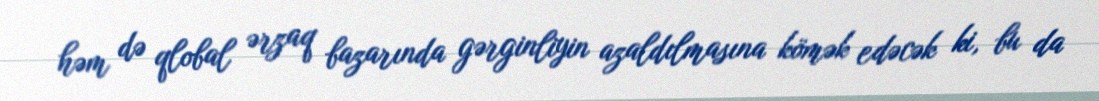
həm də qlobal ərzaq bazarında gərginliyin azaldılmasına kömək edəcək ki, bu da